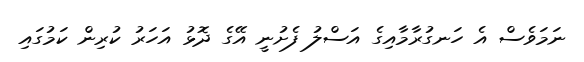
ނަމަވެސް އެ ހަނގުރާމާއިގެ އަސްލު ފެށުނީ އޭގެ ދޮޅު އަހަރު ކުރިން ކަމުގައި